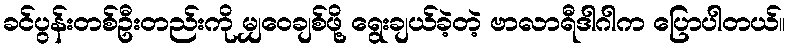
ခင်ပွန်းတစ်ဦးတည်းကို မျှဝေချစ်ဖို့ ရွေးချယ်ခဲ့တဲ့ ဗာလာရီဒါဂါက ပြောပါတယ်။